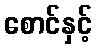
စောင်နှင့်